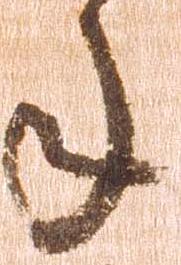
年